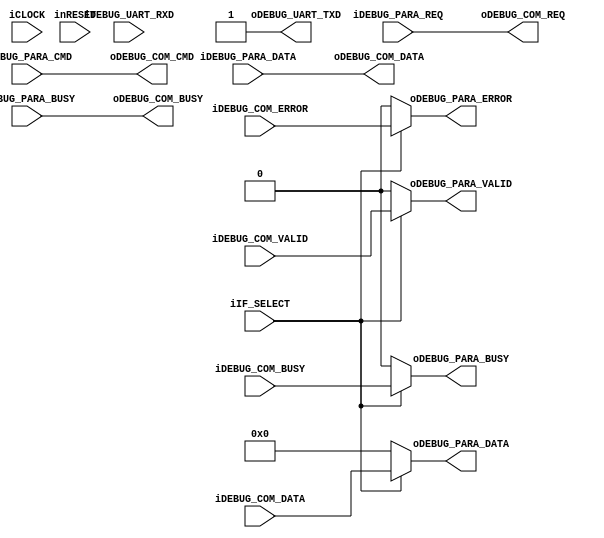
module sdi_interface_control(
		input wire iCLOCK,
		input wire inRESET,
		//Interface Select
		input wire iIF_SELECT,				//(0)UART | (1)PARALLEL
		//UART
		input wire iDEBUG_UART_RXD,
		output wire oDEBUG_UART_TXD,
		//Parallel
		input wire iDEBUG_PARA_REQ,
		output wire oDEBUG_PARA_BUSY,
		input wire [7:0] iDEBUG_PARA_CMD,
		input wire [31:0] iDEBUG_PARA_DATA,
		output wire oDEBUG_PARA_VALID,
		input wire iDEBUG_PARA_BUSY,
		output wire oDEBUG_PARA_ERROR,
		output wire [31:0] oDEBUG_PARA_DATA,
		//Output Common Interface
		output wire oDEBUG_COM_REQ,
		input wire iDEBUG_COM_BUSY,
		output wire [7:0] oDEBUG_COM_CMD,
		output wire [31:0] oDEBUG_COM_DATA,
		input wire iDEBUG_COM_VALID,
		output wire oDEBUG_COM_BUSY,
		input wire iDEBUG_COM_ERROR,
		input wire [31:0] iDEBUG_COM_DATA
	);
	
	/*
	//Uart Module
	wire uartmod_txd_req;
	wire uartmod_txd_busy;
	wire [7:0] uartmod_txd_data;
	wire uartmod2rdqueue_rxd_valid;
	wire [7:0] uartmod2rdqueue_rxd_data;
	//ED Queue
	wire [7:0] rdqueue2commandcheck_data;
	wire rdqueue2commandcheck_empty;
	*/
	
	/****************************************************************
	Uart
	****************************************************************/
	//Uart Module
	//Baudrate (Clock / Baudrate = parameter) 9600bps = 13'h1458, 57600bps = 13'h364
	/*
	processor_debugger_uart #(13'h364) UART_IF(	
		.iCLOCK(iCLOCK),
		.inRESET(inRESET),
		//Request
		.iTX_REQ(uartmod_txd_req),
		.oTX_BUSY(uartmod_txd_busy),
		.iTX_DATA(uartmod_txd_data),	
		.oRX_VALID(uartmod2rdqueue_rxd_valid),
		.oRX_DATA(uartmod2rdqueue_rxd_data),
		//UART
		.oUART_TXD(oUART_TXD),
		.iUART_RXD(iUART_RXD)
	);	
	
	//Rxd Queue
	mist1032isa_sync_fifo #(8, 16, 4) UART_RXD_BUFFER(
		.iCLOCK(iCLOCK), 
		.inRESET(inRESET), 
		.iREMOVE(1'b0), 
		.oCOUNT(), 	
		.iWR_EN(uartmod2rdqueue_rxd_valid), 
		.iWR_DATA(uartmod2rdqueue_rxd_data), 
		.oWR_FULL(),
		.iRD_EN(!b_uart_cmd_request && !rdqueue2commandcheck_empty), 
		.oRD_DATA(rdqueue2commandcheck_data), 
		.oRD_EMPTY(rdqueue2commandcheck_empty)
	);
	*/
	
	/****************************************************************
	Interface Select
	****************************************************************/
	//Interface 2 Control
	reg debug_if2ctrl_req;
	reg [7:0] debug_if2ctrl_cmd;
	reg [31:0] debug_if2ctrl_data;
	reg debug_if2ctrl_busy;
	always @* begin
		/*
		if(!iIF_SELECT)begin
			//Uart
		end
		else begin
			//Parallel
		end
		*/
		
		//Interface 2 Control
		debug_if2ctrl_req = iDEBUG_PARA_REQ;
		debug_if2ctrl_cmd = iDEBUG_PARA_CMD;
		debug_if2ctrl_data = iDEBUG_PARA_DATA;
		debug_if2ctrl_busy = iDEBUG_PARA_BUSY;
	end
	
	//Control 2 (Parallel | Serial)
	reg debug_ctrl2para_busy;
	reg debug_ctrl2para_valid;
	reg debug_ctrl2para_error;
	reg [31:0] debug_ctrl2para_data;
	reg debug_ctrl2uart_busy;
	reg debug_ctrl2uart_valid;
	reg debug_ctrl2uart_error;
	reg [31:0] debug_ctrl2uart_data;
	always @* begin
		if(!iIF_SELECT)begin
			//Uart
			debug_ctrl2para_busy = 1'b0;
			debug_ctrl2para_valid = 1'b0;
			debug_ctrl2para_error = 1'b0;
			debug_ctrl2para_data = 32'h0;
			debug_ctrl2uart_busy = iDEBUG_COM_BUSY;
			debug_ctrl2uart_valid = iDEBUG_COM_VALID;
			debug_ctrl2uart_error = iDEBUG_COM_ERROR;
			debug_ctrl2uart_data = iDEBUG_COM_DATA;
		end
		else begin
			//Parallel
			debug_ctrl2para_busy = iDEBUG_COM_BUSY;
			debug_ctrl2para_valid = iDEBUG_COM_VALID;
			debug_ctrl2para_error = iDEBUG_COM_ERROR;
			debug_ctrl2para_data = iDEBUG_COM_DATA;
			debug_ctrl2uart_busy = 1'b0;
			debug_ctrl2uart_valid = 1'b0;
			debug_ctrl2uart_error = 1'b0;
			debug_ctrl2uart_data = 32'h0;
		end
	end
	
	
	/****************************************************************
	Assign
	****************************************************************/
	//Debugger
	assign oDEBUG_COM_REQ = debug_if2ctrl_req;
	assign oDEBUG_COM_CMD = debug_if2ctrl_cmd;
	assign oDEBUG_COM_DATA = debug_if2ctrl_data;
	assign oDEBUG_COM_BUSY = debug_if2ctrl_busy;
	//Parallel
	assign oDEBUG_PARA_BUSY = debug_ctrl2para_busy;
	assign oDEBUG_PARA_VALID = debug_ctrl2para_valid;
	assign oDEBUG_PARA_ERROR = debug_ctrl2para_error;
	assign oDEBUG_PARA_DATA = debug_ctrl2para_data;
	//Uart
	assign oDEBUG_UART_TXD = 1'b1;
	
endmodule